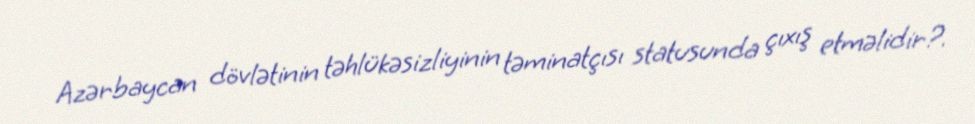
Azərbaycan dövlətinin təhlükəsizliyinin təminatçısı statusunda çıxış etməlidir?.